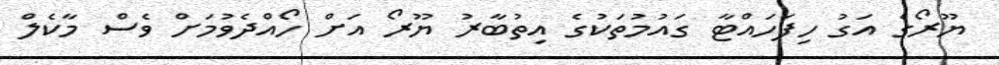
ޔޫރޯގެ އަގު ހިފަހައްޓާ ގައުމުތަކުގެ އިތުބާރު ޔޫރޯ އަށް ހޯއްދެވުމަށް ވެސް މާކެލް